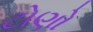
ટોણો